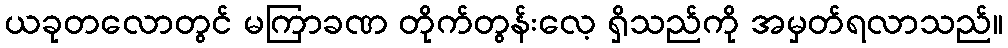
ယခုတလောတွင် မကြာခဏ တိုက်တွန်းလေ့ ရှိသည်ကို အမှတ်ရလာသည်။